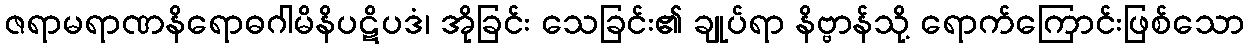
ဇရာမရာဏနိရောဓဂါမိနိပဋိပဒံ၊ အိုခြင်း သေခြင်း၏ ချုပ်ရာ နိဗ္ဗာန်သို့ ရောက်ကြောင်းဖြစ်သော